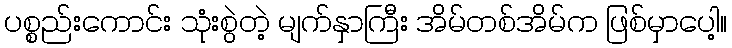
ပစ္စည်းကောင်း သုံးစွဲတဲ့ မျက်နှာကြီး အိမ်တစ်အိမ်က ဖြစ်မှာပေါ့။